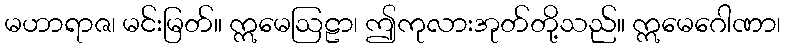
မဟာရာဇ၊ မင်းမြတ်။ ဣမေဩဠာ၊ ဤကုလားအုတ်တို့သည်။ ဣမေဂေါဏာ၊